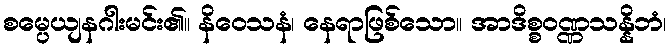
စမ္ပေယျနဂါးမင်း၏။ နိဝေသနံ၊ နေရာဖြစ်သော။ အာဒိစ္စဝဏ္ဏသန္နိဘံ၊